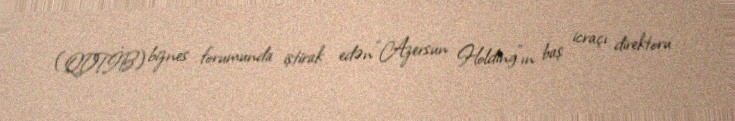
(QDTİB) biznes forumunda iştirak edən “Azersun Holding”ın baş icraçı direktoru